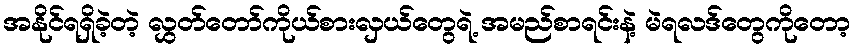
အနိုင်ရရှိခဲ့တဲ့ လွှတ်တော်ကိုယ်စားလှယ်တွေရဲ့ အမည်စာရင်းနဲ့ မဲရလဒ်တွေကိုတော့